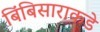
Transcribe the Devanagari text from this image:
बिंबिसाराकडे